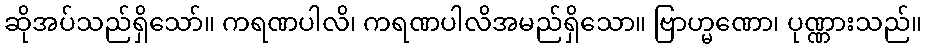
ဆိုအပ်သည်ရှိသော်။ ကရဏပါလိ၊ ကရဏပါလိအမည်ရှိသော။ ဗြာဟ္မဏော၊ ပုဏ္ဏားသည်။